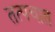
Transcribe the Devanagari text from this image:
तत्पचात